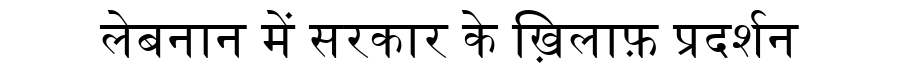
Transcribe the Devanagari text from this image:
लेबनान में सरकार के ख़िलाफ़ प्रदर्शन